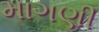
માગણી